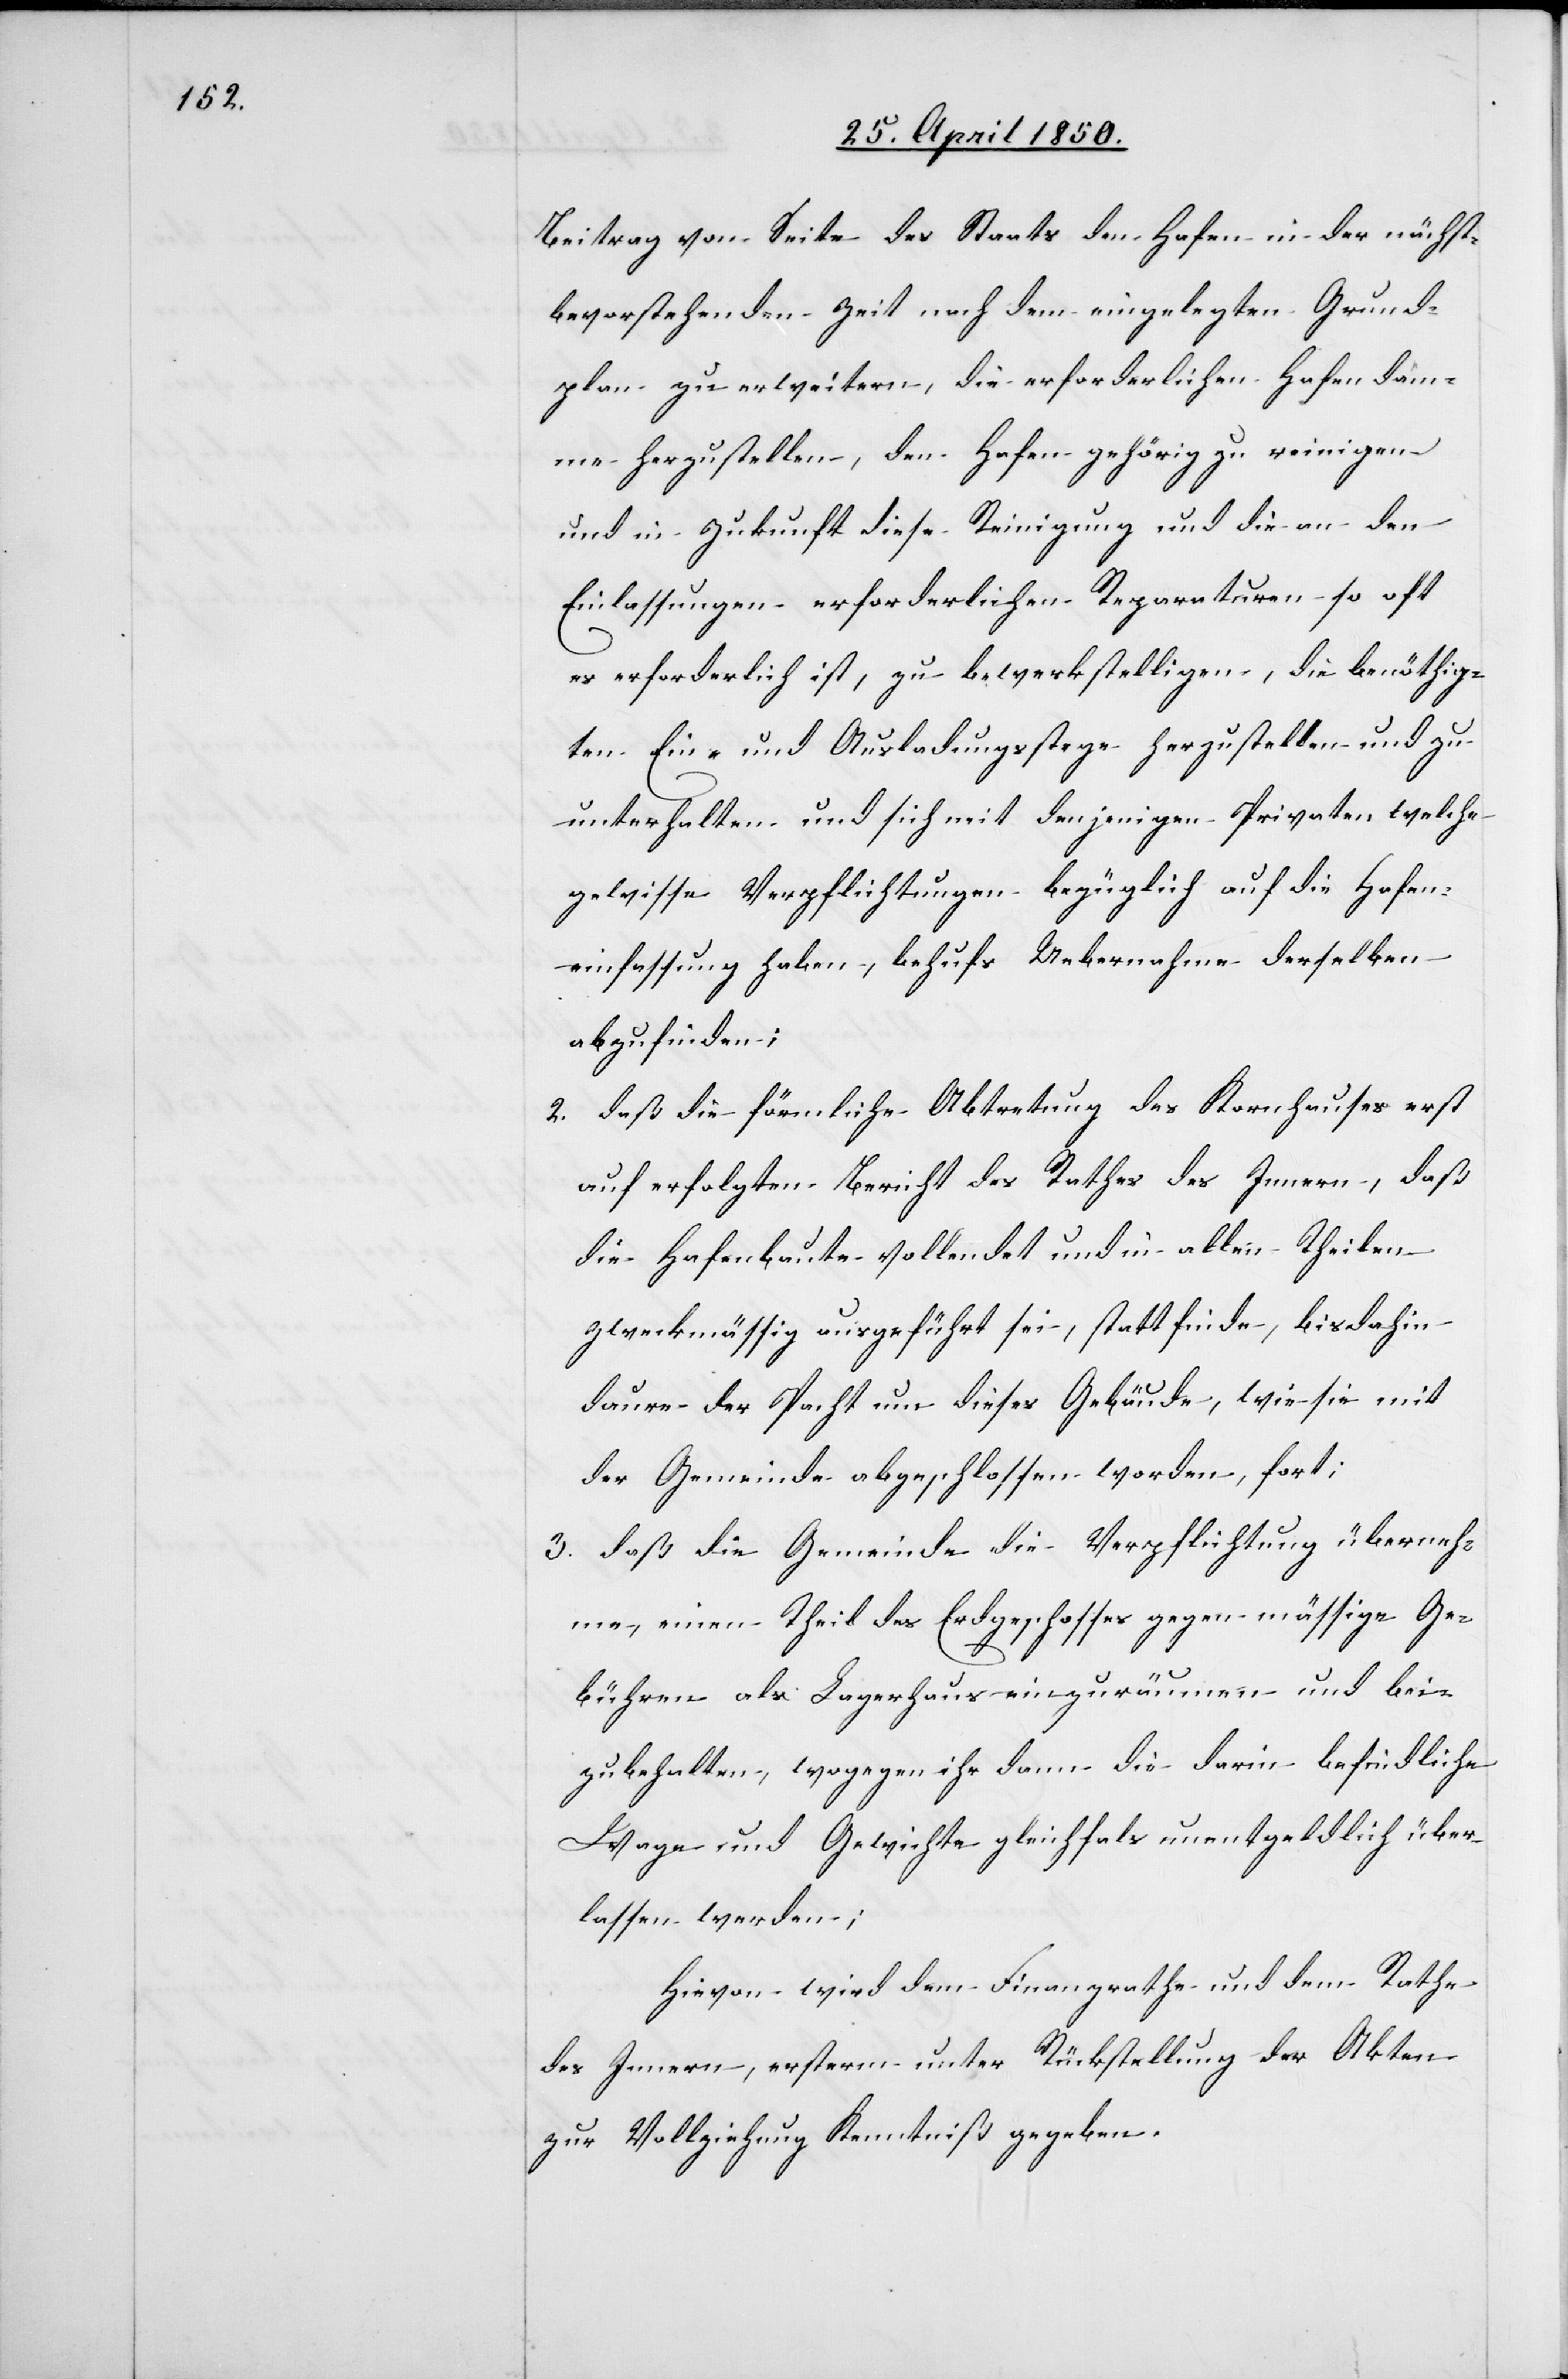
Beitrag von Seite des Staats den Hafen in der nächst¬
bevorstehenden Zeit nach dem eingelegten Grund¬
plan zu erweitern, die erforderlichen Hafendäm¬
me herzustellen, den Hafen gehörig zu reinigen
und in Zukunft diese Reinigung und die an den
Einlassungen erforderlichen Reparaturen so oft
es erforderlich ist, zu bewerkstelligen, die benöthig¬
ten Ein- und Ausladungsstege herzustellen und zu
unterhalten und sich mit denjenigen Privaten welche
gewisse Verpflichtungen bezüglich auf die Hafen¬
einfassung haben, behufs Uebernahme derselben
abzufinden;
2. daß die förmliche Abtretung des Kornhauses erst
auf erfolgten Bericht des Rathes des Innern, daß
die Hafenbaute vollendet und in allen Theilen
zweckmäßig ausgeführt sei, stattfinde, bisdahin
daure der Pacht um dieses Gebäude, wie sie mit
der Gemeinde abgeschlossen worden, fort;
3. daß die Gemeinde die Verpflichtung überneh¬
me, einen Theil des Erdgeschosses gegen mässige Ge¬
bühren als Lagerhaus einzuräumen und bei¬
zubehalten, wogegen ihr dann die darin befindliche
Wage und Gewichte gleichfals unentgeldlich über¬
lassen werden;
Hievon wird dem Finanzrathe und dem Rathe
des Innern, ersterm unter Rückstellung der Akten
zur Vollziehung Kenntniß gegeben.